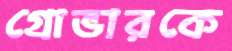
গ্রোভারকে